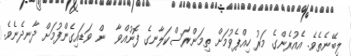
ލިބޭނެތެވެ. އެއުރެންގެ މަރު ހިއްޕެވުމަށް ތިމަންރަސްކަލާނގެ ފޮނުއްވާ  ން ވަޑައިގެންފުމަށް ދާނދެނެވެ.